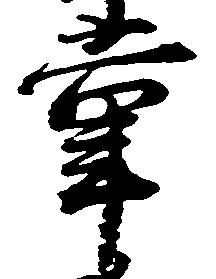
掌